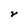
Character: V